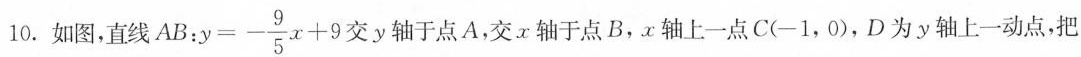
10.如图，直线AB:$$y=- \frac{9}{5}x+9$$ 交y轴于点A，交x轴于点B，x轴上一点C(-1，0)，D为y轴上一动点，把